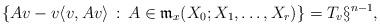
LaTeX: \begin{align*}\left\{ Av - v\langle v, Av\rangle\,:\, A\in \mathfrak{m}_x(X_0;X_1,\ldots,X_r)\right\} = T_v\S^{n-1},\end{align*}